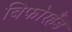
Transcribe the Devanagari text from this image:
बिफोरहैंड